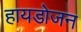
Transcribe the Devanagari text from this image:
हायडोजन